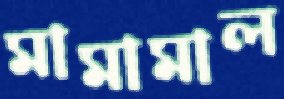
মামামাল